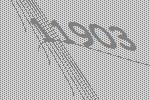
11903